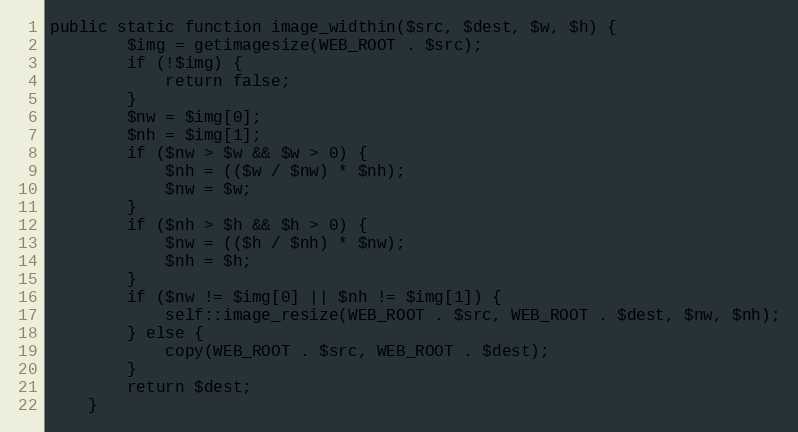
Language: PHP
public static function image_widthin($src, $dest, $w, $h) {
        $img = getimagesize(WEB_ROOT . $src);
        if (!$img) {
            return false;
        }
        $nw = $img[0];
        $nh = $img[1];
        if ($nw > $w && $w > 0) {
            $nh = (($w / $nw) * $nh);
            $nw = $w;
        }
        if ($nh > $h && $h > 0) {
            $nw = (($h / $nh) * $nw);
            $nh = $h;
        }
        if ($nw != $img[0] || $nh != $img[1]) {
            self::image_resize(WEB_ROOT . $src, WEB_ROOT . $dest, $nw, $nh);
        } else {
            copy(WEB_ROOT . $src, WEB_ROOT . $dest);
        }
        return $dest;
    }